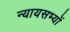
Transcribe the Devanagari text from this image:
न्यायसभ्यों